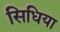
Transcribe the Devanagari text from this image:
सिधिया